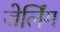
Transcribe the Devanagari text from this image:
जेर्लिंग